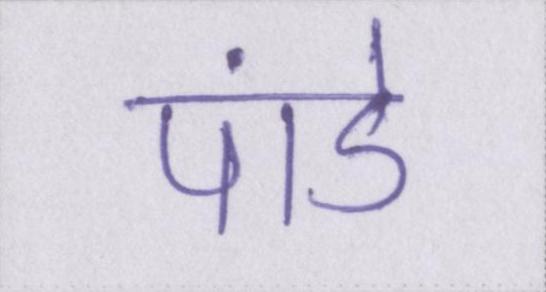
पांडे